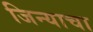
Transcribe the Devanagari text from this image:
जिन्याचा